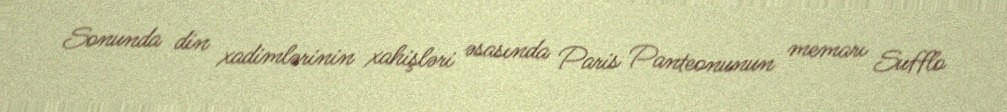
Sonunda din xadimlərinin xahişləri əsasında Paris Panteonunun memarı Sufflo